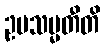
ဥပသမ္မတီတိ